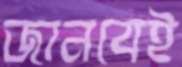
জানবেই